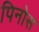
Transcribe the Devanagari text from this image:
पिनोस